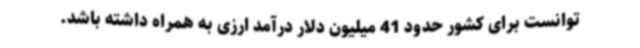
توانست برای کشور حدود 41 میلیون دلار درآمد ارزی به همراه داشته باشد.